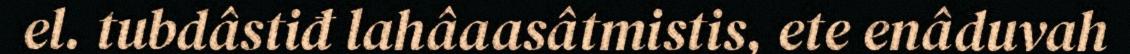
el. tubdâstiđ lahâaasâtmistis, ete enâduvah